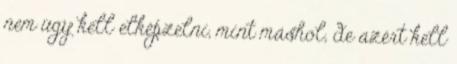
nem úgy kell elképzelni, mint máshol, de azért kell